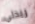
ريدلي